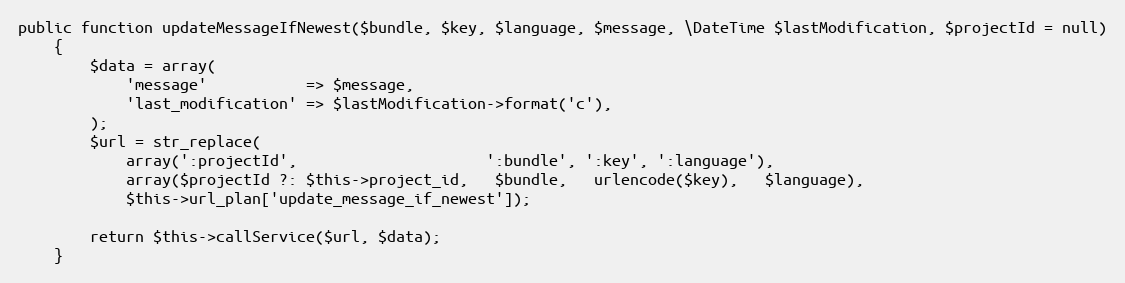
Language: PHP
public function updateMessageIfNewest($bundle, $key, $language, $message, \DateTime $lastModification, $projectId = null)
    {
        $data = array(
            'message'           => $message,
            'last_modification' => $lastModification->format('c'),
        );
        $url = str_replace(
            array(':projectId',                     ':bundle', ':key', ':language'),
            array($projectId ?: $this->project_id,   $bundle,   urlencode($key),   $language),
            $this->url_plan['update_message_if_newest']);

        return $this->callService($url, $data);
    }